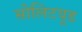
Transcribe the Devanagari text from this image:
सोलिटयूड